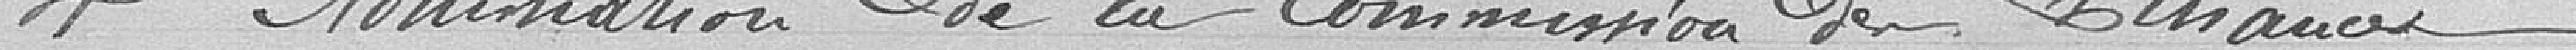
4° Nomination de la commission des Finances